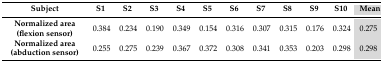
<table><thead><tr><td><b>Subject</b></td><td><b>S1</b></td><td><b>S2</b></td><td><b>S3</b></td><td><b>S4</b></td><td><b>S5</b></td><td><b>S6</b></td><td><b>S7</b></td><td><b>S8</b></td><td><b>S9</b></td><td><b>S10</b></td><td><b>Mean</b></td></tr></thead><tbody><tr><td><b>Normalized area (flexion sensor)</b></td><td>0.384</td><td>0.234</td><td>0.190</td><td>0.349</td><td>0.154</td><td>0.316</td><td>0.307</td><td>0.315</td><td>0.176</td><td>0.324</td><td>0.275</td></tr><tr><td><b>Normalized area (abduction sensor)</b></td><td>0.255</td><td>0.275</td><td>0.239</td><td>0.367</td><td>0.372</td><td>0.308</td><td>0.341</td><td>0.353</td><td>0.203</td><td>0.298</td><td>0.298</td></tr></tbody></table>